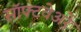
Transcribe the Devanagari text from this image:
सॉफ्टवेअरे